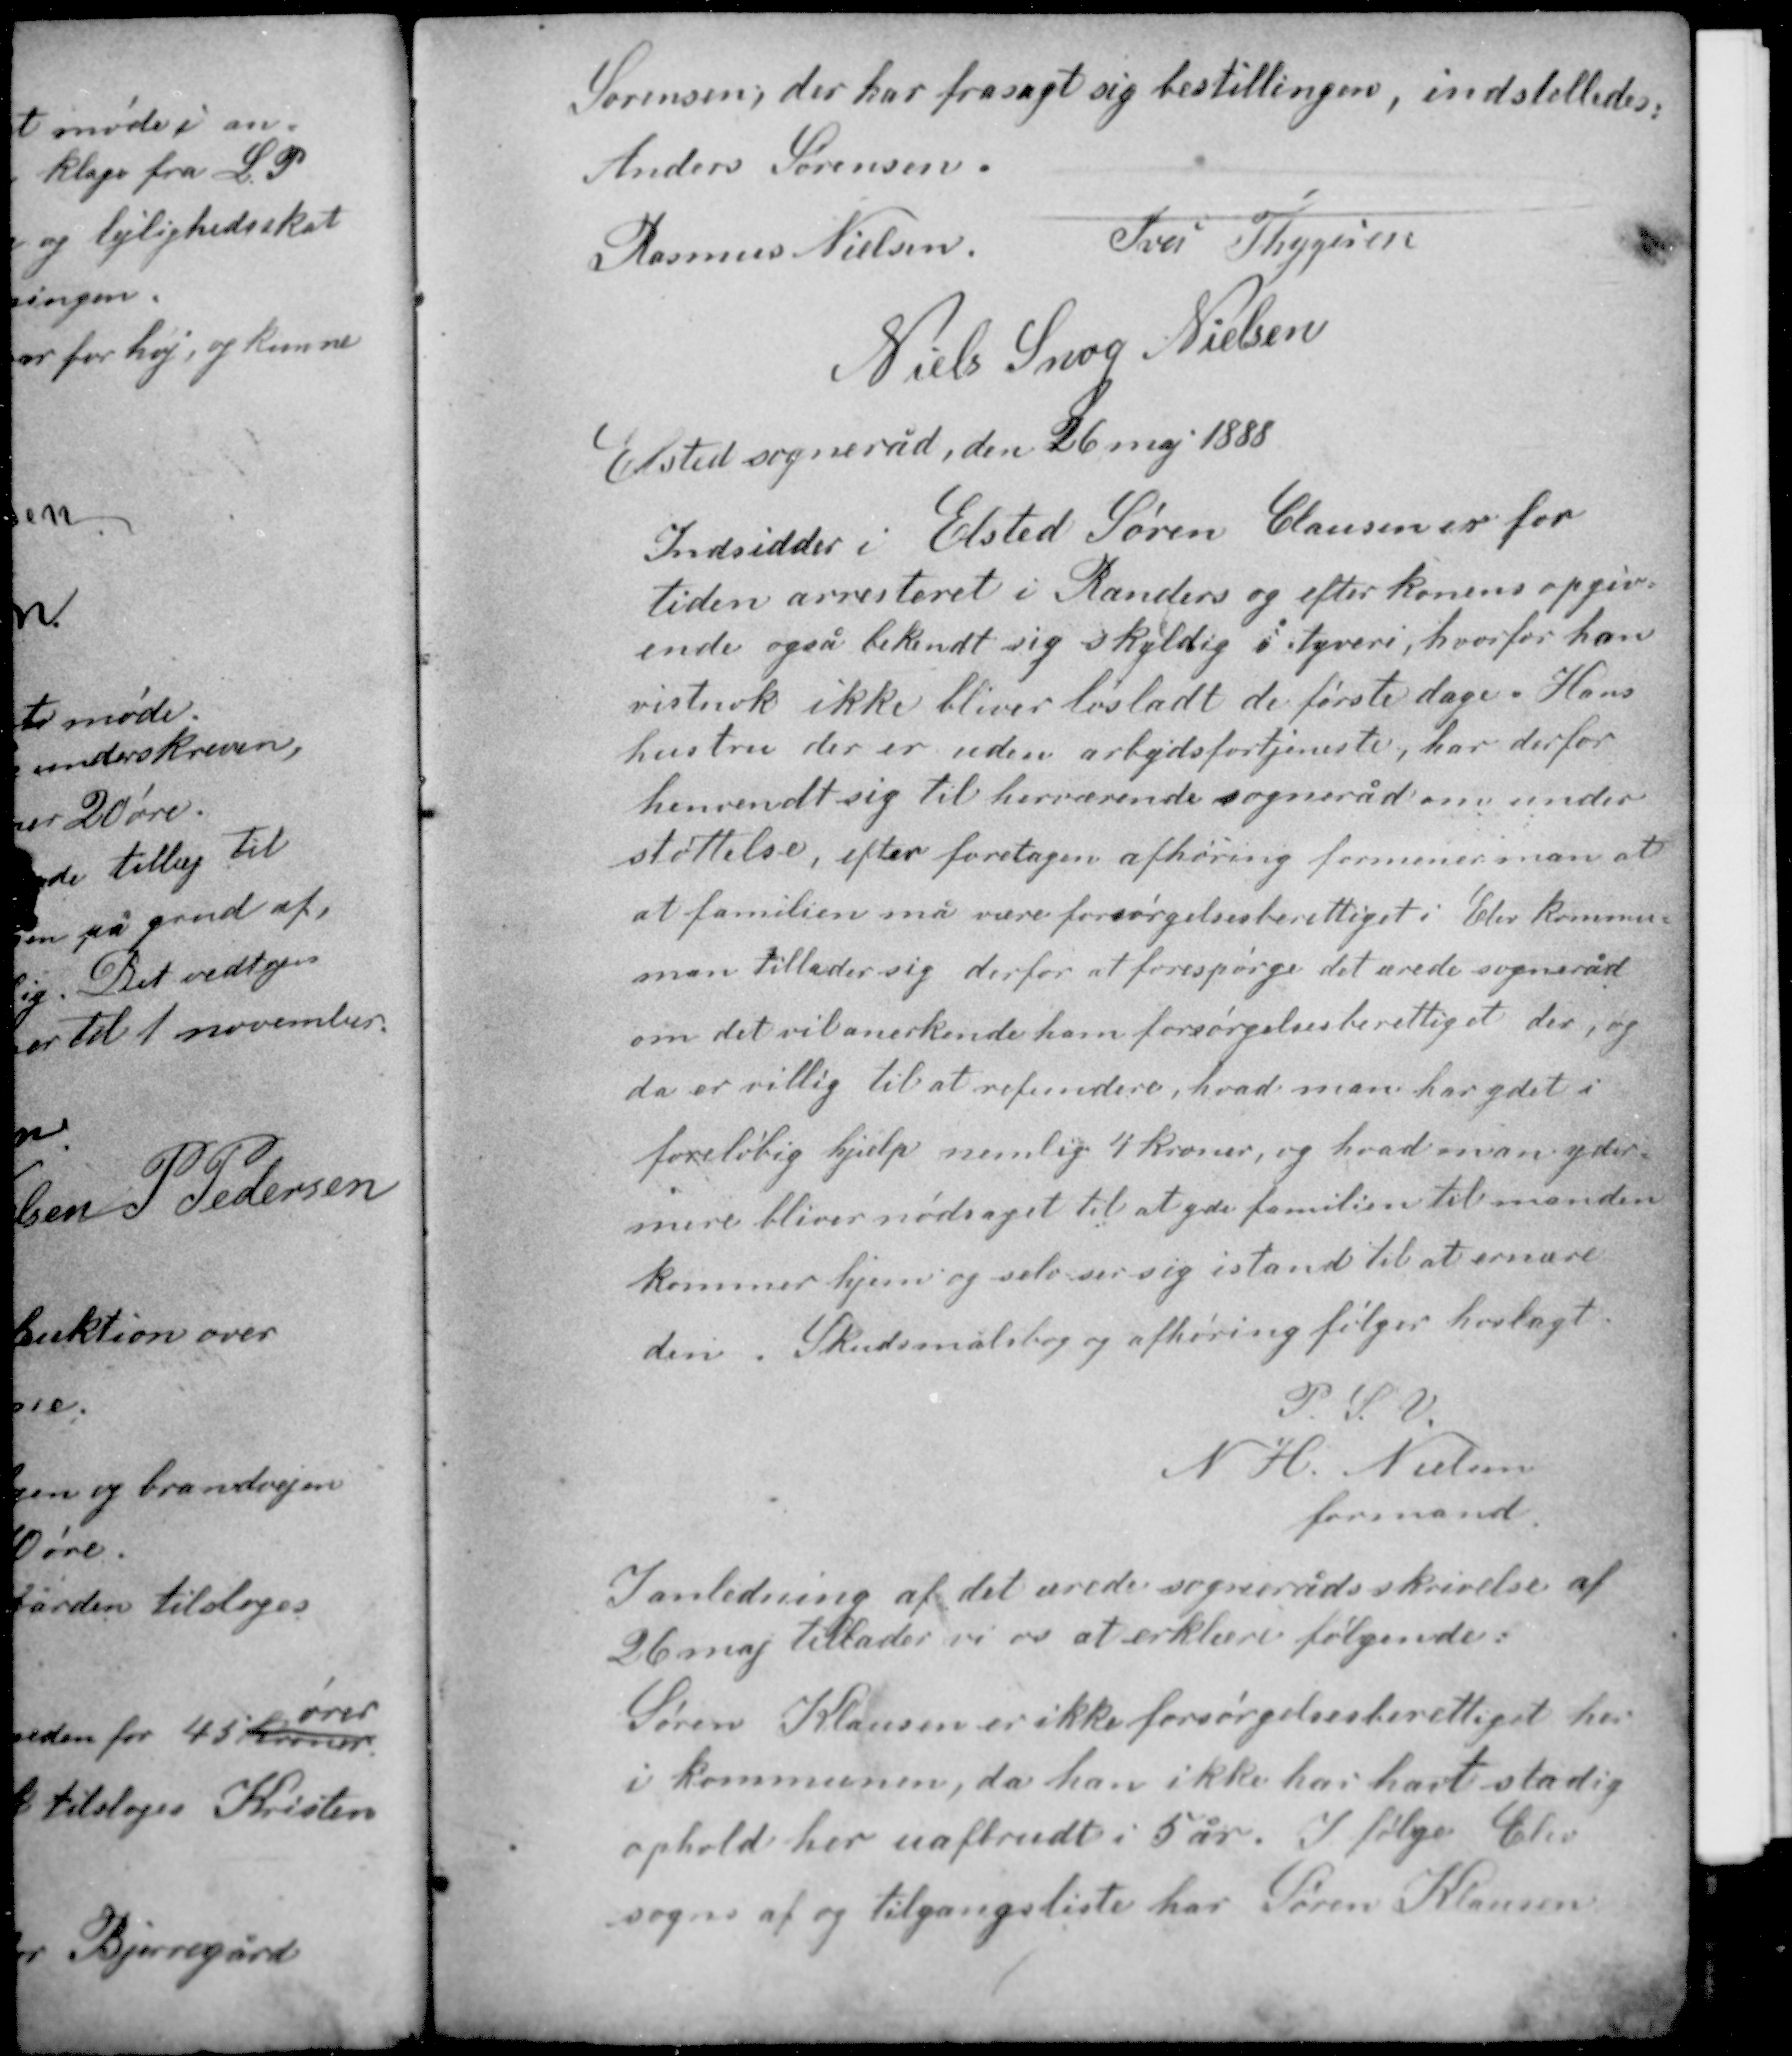
Transskription:
Sørensen, der har frasagt sig bestillingen, indstilledes
Anders Sørensen

Iver Thygesen
Rasmus Nielsen
Niels Snog Nielsen

Elsted sogneråd, den 26 maj 1888

Indsidder i Elsted Søren Clausen er for
tiden arresteret i Randers og efter konens opgiv-
ende også bekendt sig skyldig i tyveri, hvorfor han
vistnok ikke bliver løsladt de første dage. Hans
hustru der er uden arbejdsfortjeneste, har derfor
henvendt sig til herværende sogneråd om under-
støttelse, efter foretagen afhøring formener man at
at familien må være forsørgelsesberettiget i Elev kommune

man tillader sig derfor at forespørge det ærede sogneråd
om det vil anerkende ham forsørgelsesberettiget der, og
da er villig til at refundere, hvad man har ydet i
foreløbig hjælp nemlig 4 kroner, og hvad man yder
mere bliver nødsaget til at yde familien til manden
kommer hjem og selv ser sig istand til at ernære
den. Skudsmålsbog og afhøring følger hoslagt.

P. S. V.
N. H. Nielsen
formand

I anledning af det ærede sogneråds skrivelse af
26 maj tillader vi os at erklære følgende:
Søren Klausen er ikke forsørgelsesberettiget her
i kommunen, da han ikke har havt stadig
ophold her uafbrudt i 5 år. I følge Elev
sogns af og tilgangsliste har Søren Klausen